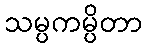
သမ္ပကမ္ပိတာ